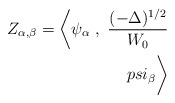
\begin{align*}Z_{\alpha,\beta} = \bigg< \psi_\alpha \; , \ {(-\Delta)^{1/2} \over W_0} \\psi_\beta \bigg>\end{align*}